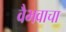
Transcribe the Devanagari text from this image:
वैभवाचा